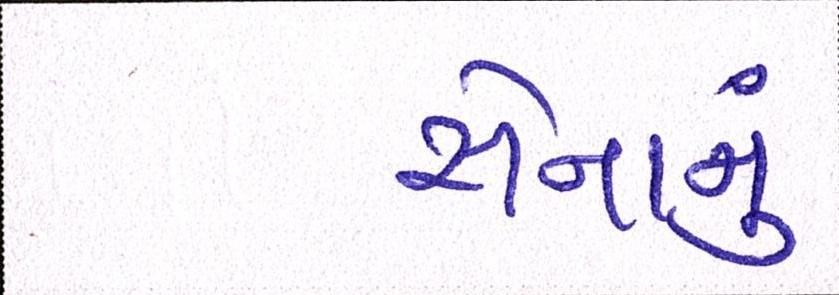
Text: સેનાનું